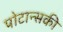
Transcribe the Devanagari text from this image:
पोटान्सकी